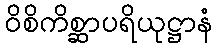
ဝိစိကိစ္ဆာပရိယုဋ္ဌာနံ